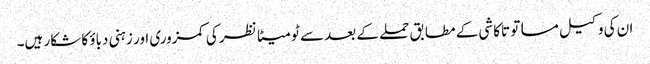
ان کی وکیل مساتو تاکاشی کے مطابق حملے کے بعد سے ٹومیٹا نظر کی کمزوری اور زہنی دباؤ کا شکار ہیں۔